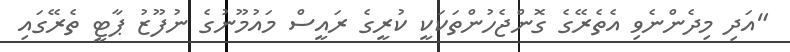
"އަދި މިދެންނެވި އެތެރޭގެ ގޮންޖެހުންތަކަކީ ކުރީގެ ރައީސް މައުމޫނުގެ ނުފޫޒު ޕާޓީ ތެރޭގައި